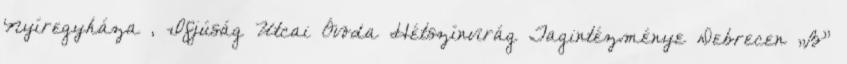
Nyíregyháza , Ifjúság Utcai Óvoda Hétszínvirág Tagintézménye Debrecen „B”